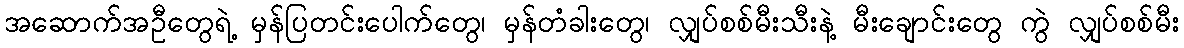
အဆောက်အဦတွေရဲ့ မှန်ပြတင်းပေါက်တွေ၊ မှန်တံခါးတွေ၊ လျှပ်စစ်မီးသီးနဲ့ မီးချောင်းတွေ ကွဲ လျှပ်စစ်မီး